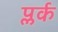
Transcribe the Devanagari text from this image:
प्लर्क